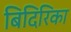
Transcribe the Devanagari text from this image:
बिदिरिका